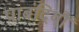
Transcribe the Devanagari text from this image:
पाबंदियौं